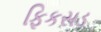
ફિકસડ